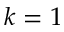
k = 1